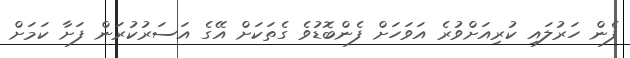
ފެން ހަރުލައި ކުރިއަށްވުރެ އަވަހަށް ފެންބޮޑުވެ ގެތަކަށް އޭގެ އަސަރުކުރަން ފަށާ ކަމަށް